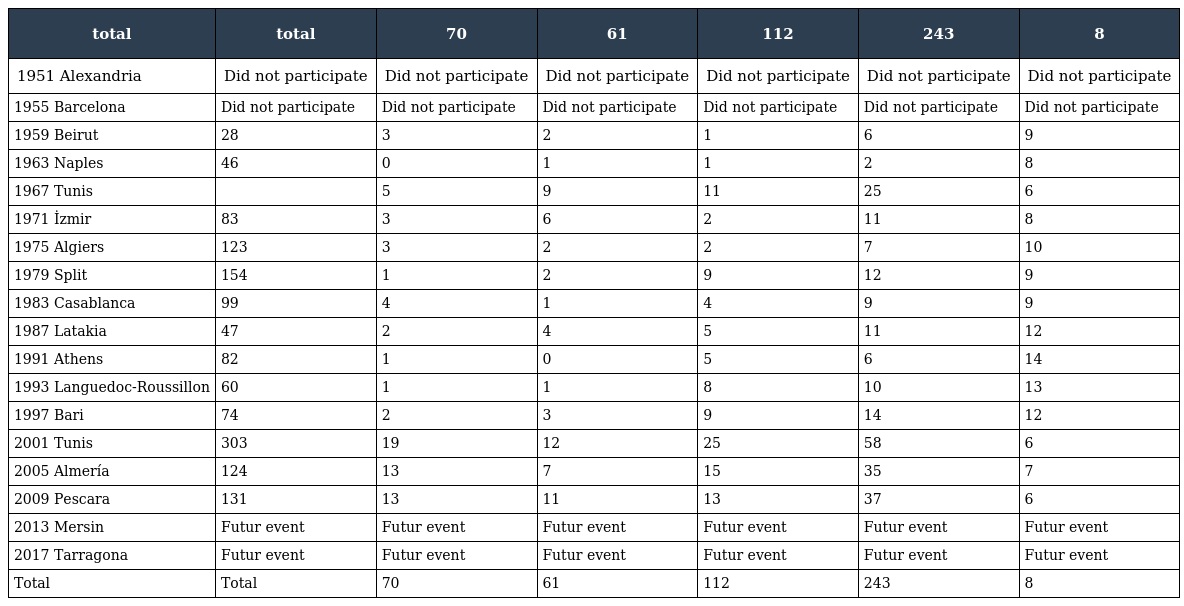
| total | total | 70 | 61 | 112 | 243 | 8 |
 | --- | --- | --- | --- | --- | --- | --- |
 | 1951 Alexandria | Did not participate | Did not participate | Did not participate | Did not participate | Did not participate | Did not participate |
 | 1955 Barcelona | Did not participate | Did not participate | Did not participate | Did not participate | Did not participate | Did not participate |
 | 1959 Beirut | 28 | 3 | 2 | 1 | 6 | 9 |
 | 1963 Naples | 46 | 0 | 1 | 1 | 2 | 8 |
 | 1967 Tunis |  | 5 | 9 | 11 | 25 | 6 |
 | 1971 İzmir | 83 | 3 | 6 | 2 | 11 | 8 |
 | 1975 Algiers | 123 | 3 | 2 | 2 | 7 | 10 |
 | 1979 Split | 154 | 1 | 2 | 9 | 12 | 9 |
 | 1983 Casablanca | 99 | 4 | 1 | 4 | 9 | 9 |
 | 1987 Latakia | 47 | 2 | 4 | 5 | 11 | 12 |
 | 1991 Athens | 82 | 1 | 0 | 5 | 6 | 14 |
 | 1993 Languedoc-Roussillon | 60 | 1 | 1 | 8 | 10 | 13 |
 | 1997 Bari | 74 | 2 | 3 | 9 | 14 | 12 |
 | 2001 Tunis | 303 | 19 | 12 | 25 | 58 | 6 |
 | 2005 Almería | 124 | 13 | 7 | 15 | 35 | 7 |
 | 2009 Pescara | 131 | 13 | 11 | 13 | 37 | 6 |
 | 2013 Mersin | Futur event | Futur event | Futur event | Futur event | Futur event | Futur event |
 | 2017 Tarragona | Futur event | Futur event | Futur event | Futur event | Futur event | Futur event |
 | Total | Total | 70 | 61 | 112 | 243 | 8 |